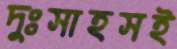
দুঃসাহসই